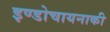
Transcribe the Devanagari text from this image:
इण्डोचायनाकी